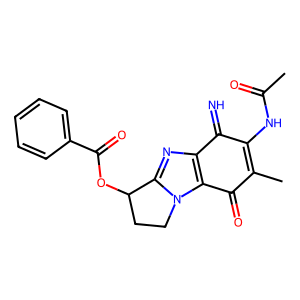
SMILES: CC(=O)NC1=C(C)C(=O)c2c(nc3n2CCC3OC(=O)c2ccccc2)C1=N
Inhibits HIV replication: No